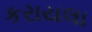
કરાયલા